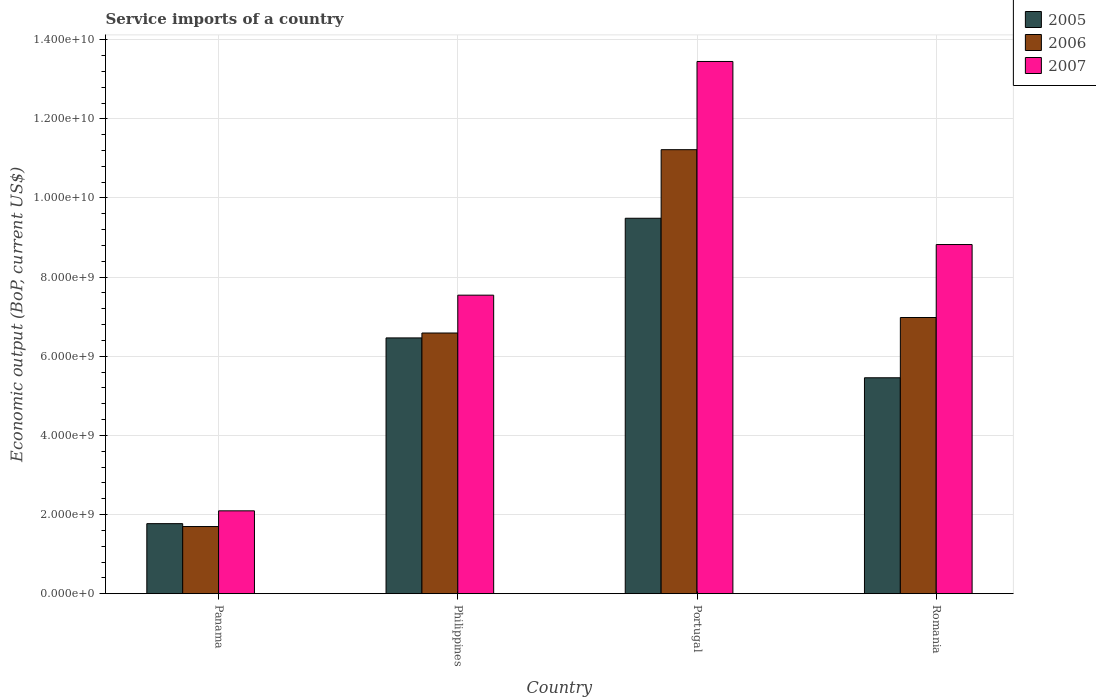
| Country | 2005 | 2006 | 2007 |
 | --- | --- | --- | --- |
 | Panama | 1.77e+09 | 1.7e+09 | 2.09e+09 |
 | Philippines | 6.46e+09 | 6.59e+09 | 7.54e+09 |
 | Portugal | 9.49e+09 | 1.12e+10 | 1.34e+10 |
 | Romania | 5.46e+09 | 6.98e+09 | 8.82e+09 |